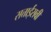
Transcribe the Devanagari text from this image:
सत्ताईसवीं